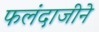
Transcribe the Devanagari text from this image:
फलंदाजीने